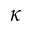
\kappa